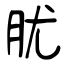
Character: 肬